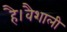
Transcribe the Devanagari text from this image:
है।वैशाली